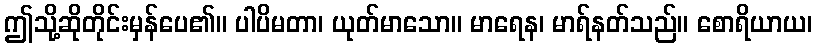
ဤသို့ဆိုတိုင်းမှန်ပေ၏။ ပါပိမတာ၊ ယုတ်မာသော။ မာရေန၊ မာရ်နတ်သည်။ စောရိယာယ၊